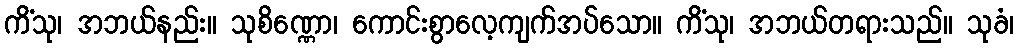
ကိံသု၊ အဘယ်နည်း။ သုစိဏ္ဏော၊ ကောင်းစွာလေ့ကျက်အပ်သော။ ကိံသု၊ အဘယ်တရားသည်။ သုခံ၊